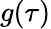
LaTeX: g(\tau)